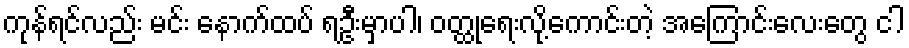
ကုန်ရင်လည်း မင်း နောက်ထပ် ရဦးမှာပါ၊ ဝတ္ထုရေးလို့ကောင်းတဲ့ အကြောင်းလေးတွေ ငါ